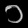
Digit: ၁